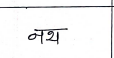
मजकूर: नथ